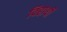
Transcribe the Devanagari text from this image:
विद्दार्थी